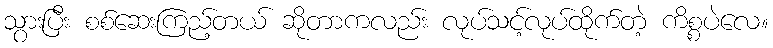
သွားပြီး စစ်ဆေးကြည့်တယ် ဆိုတာကလည်း လုပ်သင့်လုပ်ထိုက်တဲ့ ကိစ္စပဲလေ။